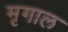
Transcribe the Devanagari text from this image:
मृगाल